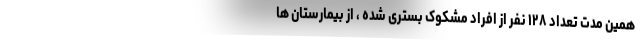
همین مدت تعداد ۱۲۸ نفر از افراد مشکوک بستری شده ، از بیمارستان ها